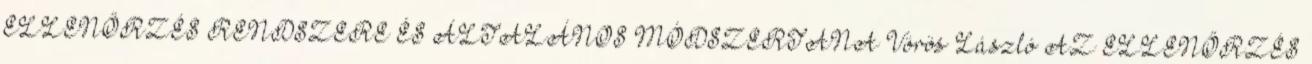
ELLENŐRZÉS RENDSZERE ÉS ÁLTALÁNOS MÓDSZERTANA Vörös László AZ ELLENŐRZÉS